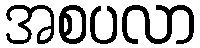
အစပလာ